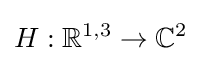
H:\mathbb {R} ^{1,3}\rightarrow \mathbb {C} ^{2}